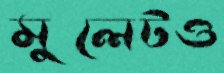
মুলেটও